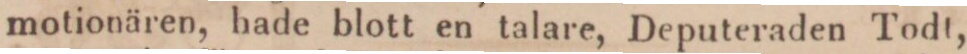
motionären, hade blott en talare, Deputeraden Todt,